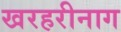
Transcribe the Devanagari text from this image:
खरहरीनाग